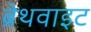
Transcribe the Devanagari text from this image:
ब्रेथवाइट